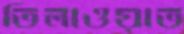
তিলাওয়াত